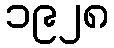
၁၉၂၈